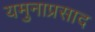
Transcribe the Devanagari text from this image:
यमुनाप्रसाद